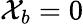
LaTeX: \mathcal{X}_{b}=0